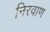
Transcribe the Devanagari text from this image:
निरवाण